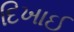
દિખાઈ